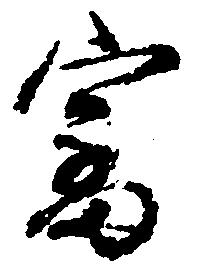
審